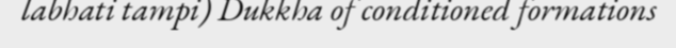
labhati tampi) Dukkha of conditioned formations